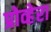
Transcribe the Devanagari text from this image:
प्रोव्हेरा